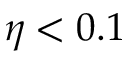
\eta < 0 . 1